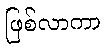
ဖြစ်လာကာ